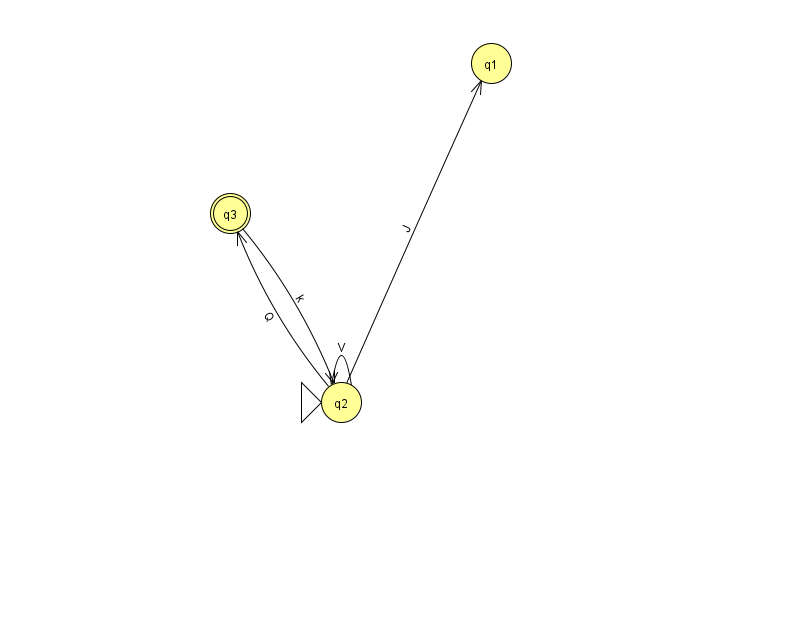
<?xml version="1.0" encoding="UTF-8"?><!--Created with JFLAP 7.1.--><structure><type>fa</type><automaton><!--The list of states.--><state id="1" name="q1"><x>491.0</x><y>50.0</y></state><state id="2" name="q2"><x>341.0</x><y>389.0</y><initial/></state><state id="3" name="q3"><x>230.0</x><y>200.0</y><final/></state><!--The list of transitions.--><transition><from>3</from><to>2</to><read>k</read></transition><transition><from>2</from><to>2</to><read>V</read></transition><transition><from>2</from><to>1</to><read>J</read></transition><transition><from>2</from><to>3</to><read>Q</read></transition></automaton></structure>